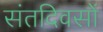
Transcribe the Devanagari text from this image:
संतदिवसों